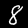
Digit: 8